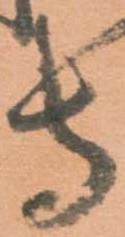
守